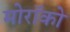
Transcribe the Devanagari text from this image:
मोरॉको